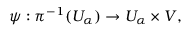
\psi : \pi ^ { - 1 } ( U _ { \alpha } ) \rightarrow U _ { \alpha } \times V ,